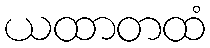
ယထာတထံ